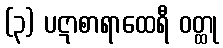
(၃) ပဋာစာရာထေရီ ဝတ္ထု